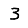
Digit: 3